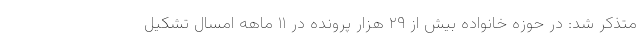
متذکر شد: در حوزه خانواده بیش از ۲۹ هزار پرونده در ۱۱ ماهه امسال تشکیل